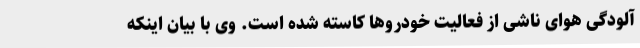
آلودگی هوای ناشی از فعالیت خودروها کاسته شده است. وی با بیان اینکه